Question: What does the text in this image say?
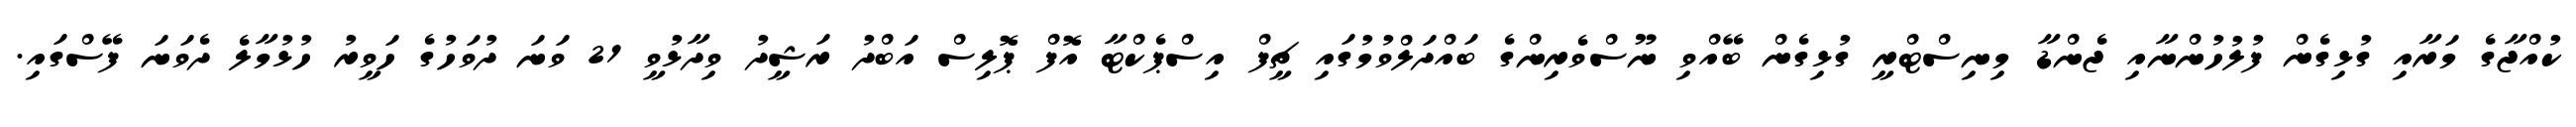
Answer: ކުއްޖާގެ މަރާއި ގުޅިގެން ފުލުހުންނާއި ޖެންޑާ މިނިސްޓްރީ ގުޅިގެން ބޭއްވި ނޫސްވެރިންގެ ބައްދަލްވުމުގައި ޗީފް އިސްޕެކްޓާ އޮފް ޕޮލިސް އަބްދު ރަޝީދު ވިދާޅުވީ 21 ވަނަ ދުވަހުގެ ހަވީރު ހުޅުމާލެ ދެވަނަ ފޭސްގައި.